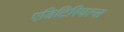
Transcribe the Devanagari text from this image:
एडिटिरियल्स